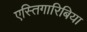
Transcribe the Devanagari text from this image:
एस्तिगारिबिया